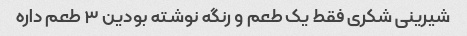
شیرینی شکری فقط یک طعم و رنگه نوشته بودین ۳ طعم داره